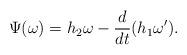
LaTeX: \begin{align*}\Psi (\omega)=h_{2}\omega-\frac{d}{dt}(h_{1}\omega ').\end{align*}